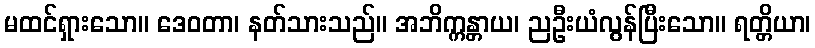
မထင်ရှားသော။ ဒေဝတာ၊ နတ်သားသည်။ အဘိက္ကန္တာယ၊ ညဦးယံလွန်ပြီးသော။ ရတ္တိယာ၊